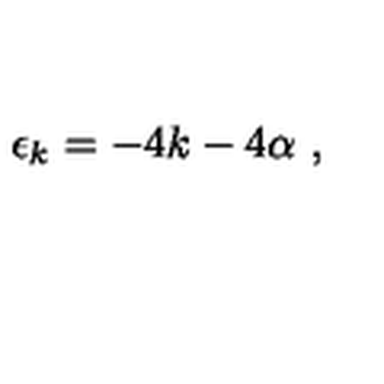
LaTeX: \epsilon _ { k } = - 4 k - 4 \alpha \ ,